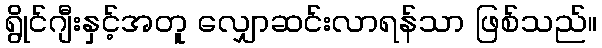
ရွိုင်ဂျီးနှင့်အတူ လျှောဆင်းလာရန်သာ ဖြစ်သည်။